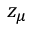
z _ { \mu }